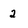
Character: 2